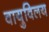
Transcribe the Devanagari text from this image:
वायुविलय